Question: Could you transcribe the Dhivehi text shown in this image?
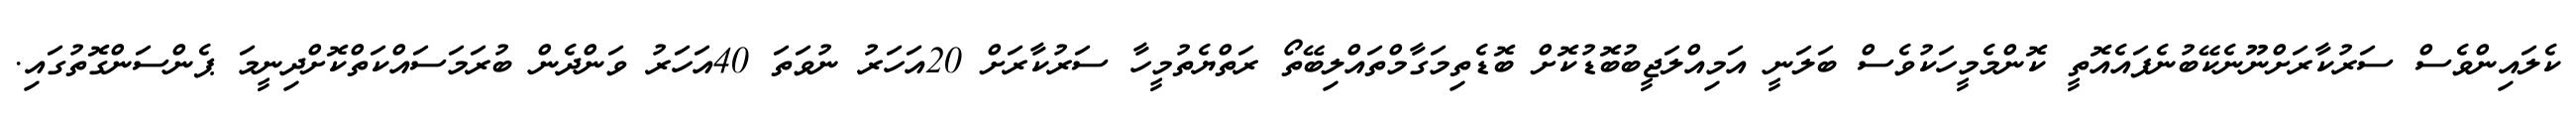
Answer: ކެލައިންވެސް ސަރުކާރަށްނޫނެކޭބުނެފައެއޮތީ ކޮންމެމީހަކުވެސް ބަލަނީ އަމިއްލަޖީބުބޮޑުކޮށް ބޮޑެތިމަގާމްތައްލިބޭތޯ ރަތްޔެތުމީހާ ސަރުކާރަށް 20އަހަރު ނުވަތަ 40އަހަރު ވަންދެން ބުރަމަސައްކަތްކޮށްދިނީމަ ޕެންސަންގޮތުގައި.